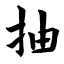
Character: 抽